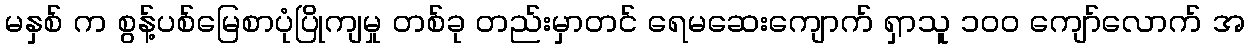
မနှစ် က စွန့်ပစ်မြေစာပုံပြိုကျမှု တစ်ခု တည်းမှာတင် ရေမဆေးကျောက် ရှာသူ ၁၀၀ ကျော်လောက် အ